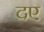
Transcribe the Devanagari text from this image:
दए